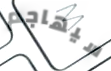
سيهاجم